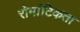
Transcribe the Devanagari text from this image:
रोमांटिकता